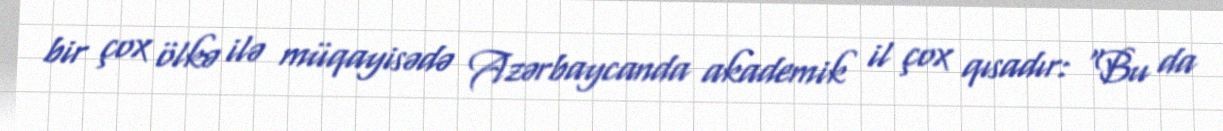
bir çox ölkə ilə müqayisədə Azərbaycanda akademik il çox qısadır: “Bu da